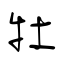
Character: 牡